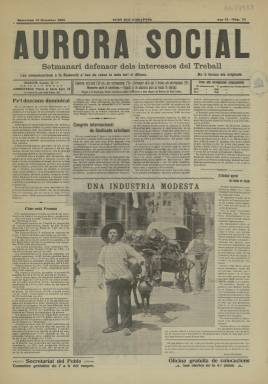
Título: Aurora social (Barcelona)
Colección: Periódicos
Ámbito geográfico: Barcelona
Lugar de publicación: Barcelona
Fechas: 12/09/1908-12/09/1908